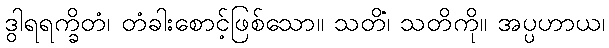
ဒွါရရက္ခိတံ၊ တံခါးစောင့်ဖြစ်သော။ သတိံ၊ သတိကို။ အပ္ပဟာယ၊